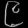
Digit: ၉